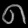
Digit: ၈